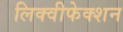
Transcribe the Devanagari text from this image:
लिक्वीफेक्शन